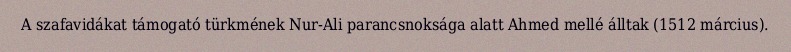
A szafavidákat támogató türkmének Nur-Ali parancsnoksága alatt Ahmed mellé álltak (1512 március).